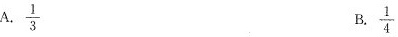
A. \frac{1}{3}B. \frac{1}{4}